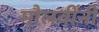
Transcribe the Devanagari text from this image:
मौलवींनी